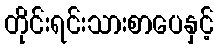
တိုင်းရင်းသားစာပေနှင့်